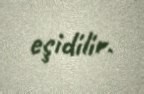
eşidilir.